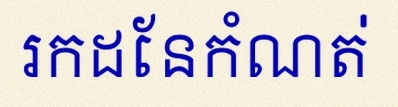
រកដែនកំណត់